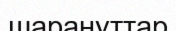
шарануттар